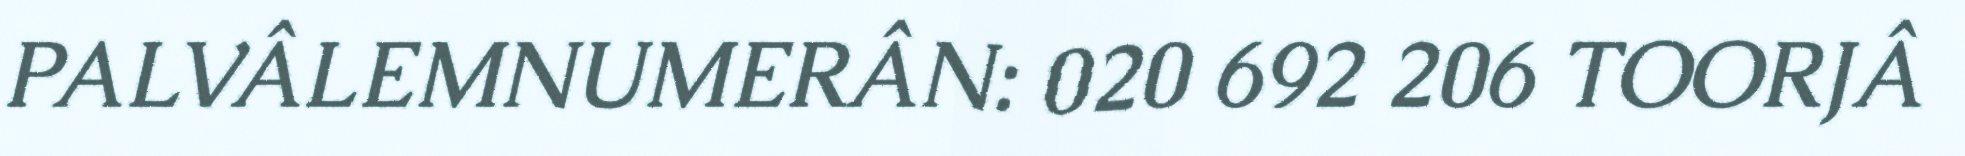
PALVÂLEMNUMERÂN: 020 692 206 TOORJÂ